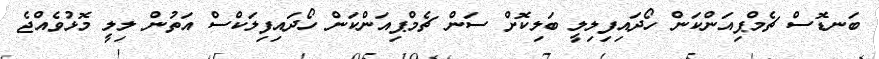
ބަނޑޮސް ޗެމްޕިއަންކަން ހޯދައިފިލިލީ ބަލިކޮށް ސަން ޗެމްޕިއަންކަން ހޯދައިފިލަކްސް އަތުން ލިލީ މޮޅުވެއްޖެ